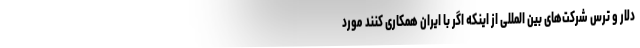
دلار و ترس شرکت‌های بین المللی از اینکه اگر با ایران همکاری کنند مورد